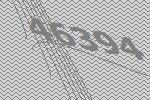
46394